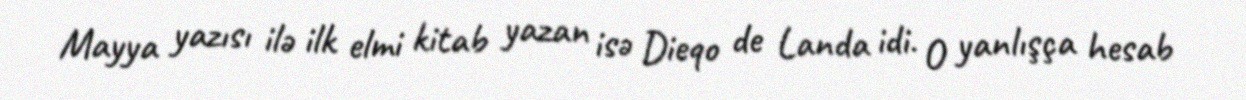
Mayya yazısı ilə ilk elmi kitab yazan isə Dieqo de Landa idi. O yanlışça hesab